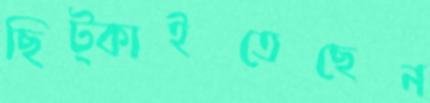
ছিট্‌কাইতেছেন